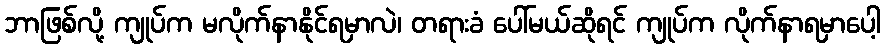
ဘာဖြစ်လို့ ကျုပ်က မလိုက်နာနိုင်ရမှာလဲ၊ တရားခံ ပေါ်မယ်ဆိုရင် ကျုပ်က လိုက်နာရမှာပေါ့